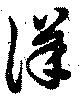
徉